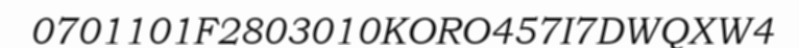
0701101F2803010KORO457I7DWQXW4